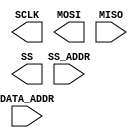
/**
* starter.v
*
* Serial Peripheral Interface (SPI)
*
* Implement both sides of a SPI interface.
*
*/

module master_device(DATA_ADDR, SS_ADDR, SCLK, MOSI, MISO, SS);
// I/O PORTS (DO NOT MODIFY)
input         MISO;
output        MOSI, SCLK;
input   [1:0] SS_ADDR;
output  [3:0] SS;
input   [7:0] DATA_ADDR;

reg [7:0] DATA;

// ADD COMBINATIONAL LOGIC HERE

always@(DATA_ADDR, SS_ADDR)
begin
  // ADD SEQUENTIAL LOGIC HERE

end

endmodule

module slave_device(SCLK, MOSI, MISO, SS);
// I/O PORTS (DO NOT MODIFY)
input       MOSI, SCLK, SS;
output  reg MISO;

// INTERNAL DATA REGISTERS (DO NOT MODIFY)
reg [7:0] reg0 = 8'h41; // Address = 8'h1A
reg [7:0] reg1 = 8'hDC; // Address = 8'h1B
reg [7:0] reg2 = 8'h3B; // Address = 8'h1C
reg [7:0] reg3 = 8'h4E; // Address = 8'h1D
reg [7:0] reg4 = 8'h8C; // Address = 8'h2A
reg [7:0] reg5 = 8'hB5; // Address = 8'h2B
reg [7:0] reg6 = 8'h05; // Address = 8'h2C
reg [7:0] reg7 = 8'hE5; // Address = 8'h2D

// ADD YOUR CODE HERE

endmodule